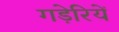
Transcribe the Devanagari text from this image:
गड़ेरियें